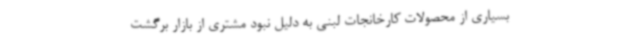
بسیاری از محصولات کارخانجات لبنی به دلیل نبود مشتری از بازار برگشت